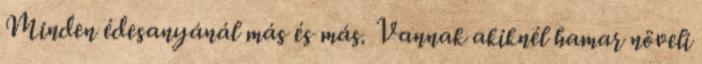
Minden édesanyánál más és más. Vannak akiknél hamar növeli